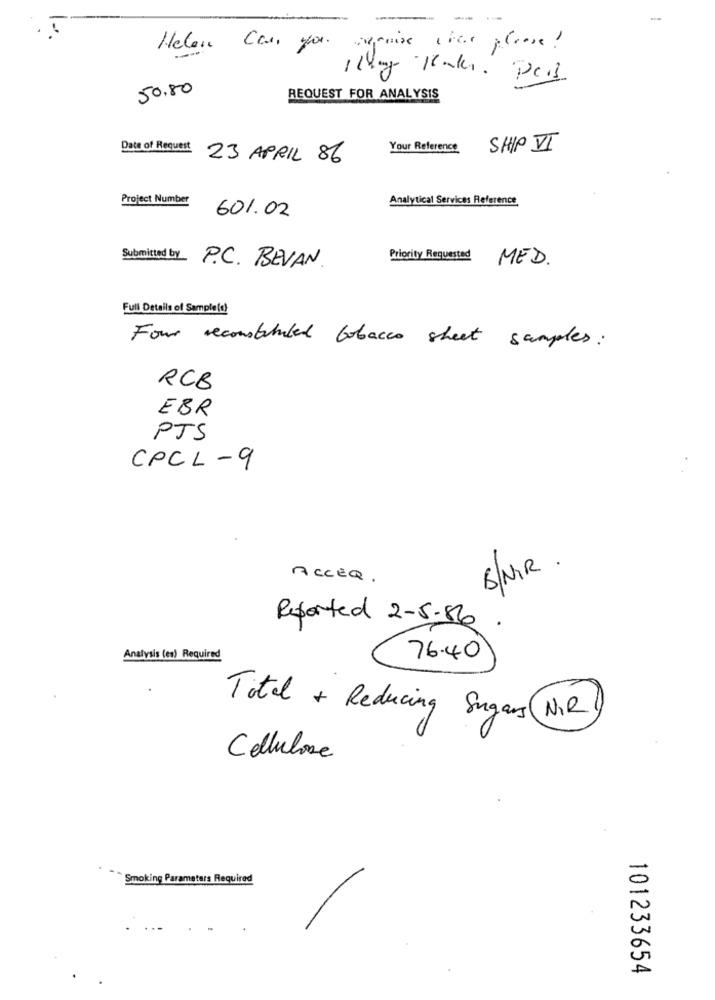
-
Helene Can you require ches please!
50,80
REQUEST FOR ANALYSIS
Date of Request
Your Reference
SHIP I
23 APRIL 86
Project Number
Analytical Services Reference
601.02
Submitted by
Priority Requested
MED.
P.C. BEVAN.
Full Details of Sample(d)
Four reconstituted tobacco sheet samples:
RCB
EBR
PTS
CPCL - 9
S/NIR.
ACCEQ .
Reported 2-5-86.
Analysis (en) Required
76.40
Total + Reducing Sugars (NR)
Cellulose
Smoking Parameters Required
101233654